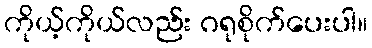
ကိုယ့်ကိုယ်လည်း ဂရုစိုက်ပေးပါ။